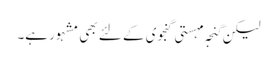
لیکن گنجہ مہستی گنجوی کے لئے بھی مشہور ہے۔